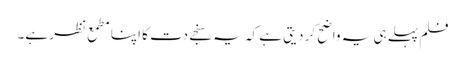
فلم پہلے ہی یہ واضح کر دیتی ہے کہ یہ سنجے دت کا اپنا مطمع نظر ہے۔